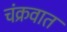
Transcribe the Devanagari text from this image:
चंक्रवात